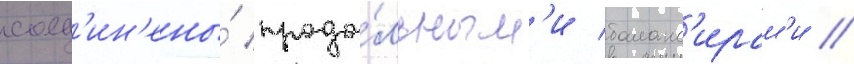
соед'ин'ены́ продо́льным'и баланс'ирам'и //